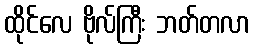
ထိုင်လေ ဗိုလ်ကြီး ဘတ်တလာ